Plague in India, 1896, 1897 - Volume 3
Year: 1896
Disease focus: Plague
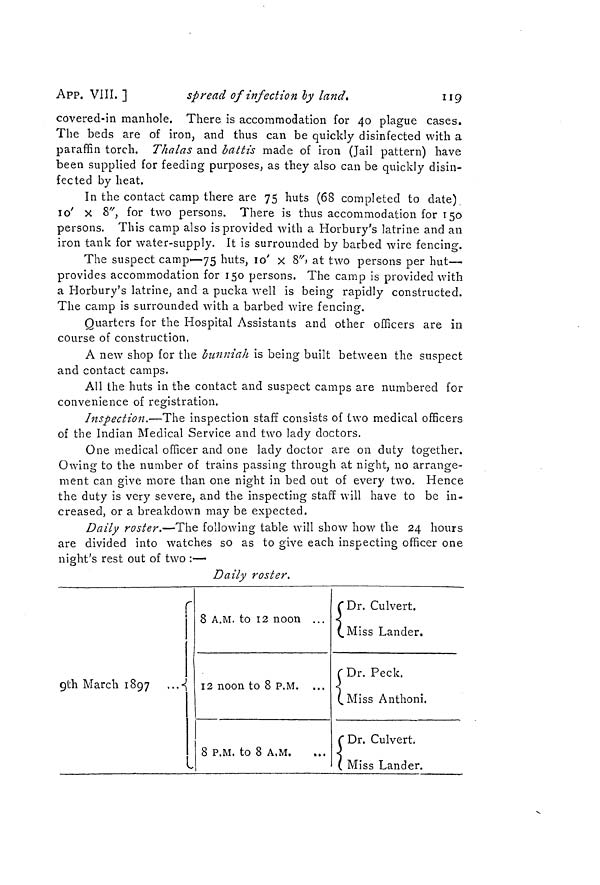
APP. VIII. ]
spread of infection by land.
119
covered-in manhole. There is accommodation for 40 plague cases.
The beds are of iron, and thus can be quickly disinfected with a
paraffin torch. Thalas and battis made of iron (Jail pattern) have
been supplied for feeding purposes, as they also can be quickly disin-
fected by heat.
In the contact camp there are 75 huts (68 completed to date)
10' x 8", for two persons. There is thus accommodation for 150
persons. This camp also is provided with a Horbury's latrine and an
iron tank for water-supply. It is surrounded by barbed wire fencing.
The suspect camp—75 huts, 10' x 8' x > at two persons per hut—
provides accommodation for 150 persons. The camp is provided with
a Horbury's latrine, and a pucka well is being rapidly constructed.
The camp is surrounded with a barbed wire fencing.
Quarters for the Hospital Assistants and other officers are in
course of construction,
A new shop for the bunniah is being built between the suspect
and contact camps.
All the huts in the contact and suspect camps are numbered for
convenience of registration.
Inspection.—The inspection staff consists of two medical officers
of the Indian Medical Service and two lady doctors.
One medical officer and one lady doctor are on duty together.
Owing to the number of trains passing through at night, no arrange-
ment can give more than one night in bed out of every two. Hence
the duty is very severe, and the inspecting staff will have to be in-
creased, or a breakdown may be expected.
Daily roster.—The following table will show how the 24 hours
are divided into watches so as to give each inspecting officer one
night's rest out of two :—
Daily roster.
9th March 1897 ...<
r
8 A.M. to 12 noon ...
12 noon to 8 P.M. ...
8 P.M. to 8 A.M.
f Dr. Culvert.
(.Miss Lander.
r Dr. Peck.
(.Miss Anthoni.
C Dr. Culvert.
( Miss Lander.